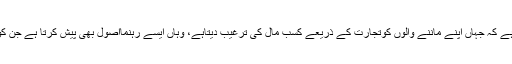
بلکہ اس کا رویہ اعتدال پر مبنی ہے کہ جہاں اپنے ماننے والوں کوتجارت کے ذریعے کسب ِمال کی ترغیب دیتاہے، وہاں ایسے رہنمااُصول بھی پیش کرتا ہے جن کو ملحوظ رکھنا اشد ضروری ہے۔